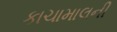
કાચામાલની